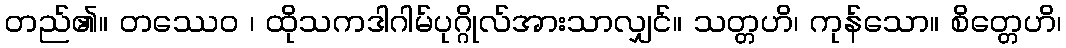
တည်၏။ တဿေဝ ၊ ထိုသကဒါဂါမ်ပုဂ္ဂိုလ်အားသာလျှင်။ သတ္တဟိ၊ ကုန်သော။ စိတ္တေဟိ၊